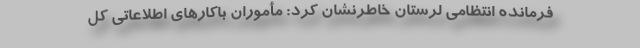
فرمانده انتظامی لرستان خاطرنشان کرد: مأموران باکارهای اطلاعاتی کل